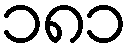
၁၈၁